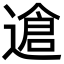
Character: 䢢